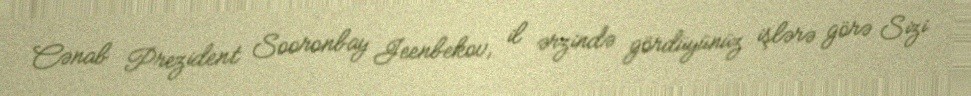
Cənab Prezident Sooronbay Jeenbekov, il ərzində gördüyünüz işlərə görə Sizi